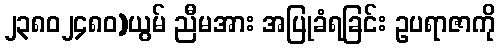
၂၃၈၀၂၄၈၀)ယွမ် ညီမအား အပြုခံရခြင်း ဥပရာဇာကို